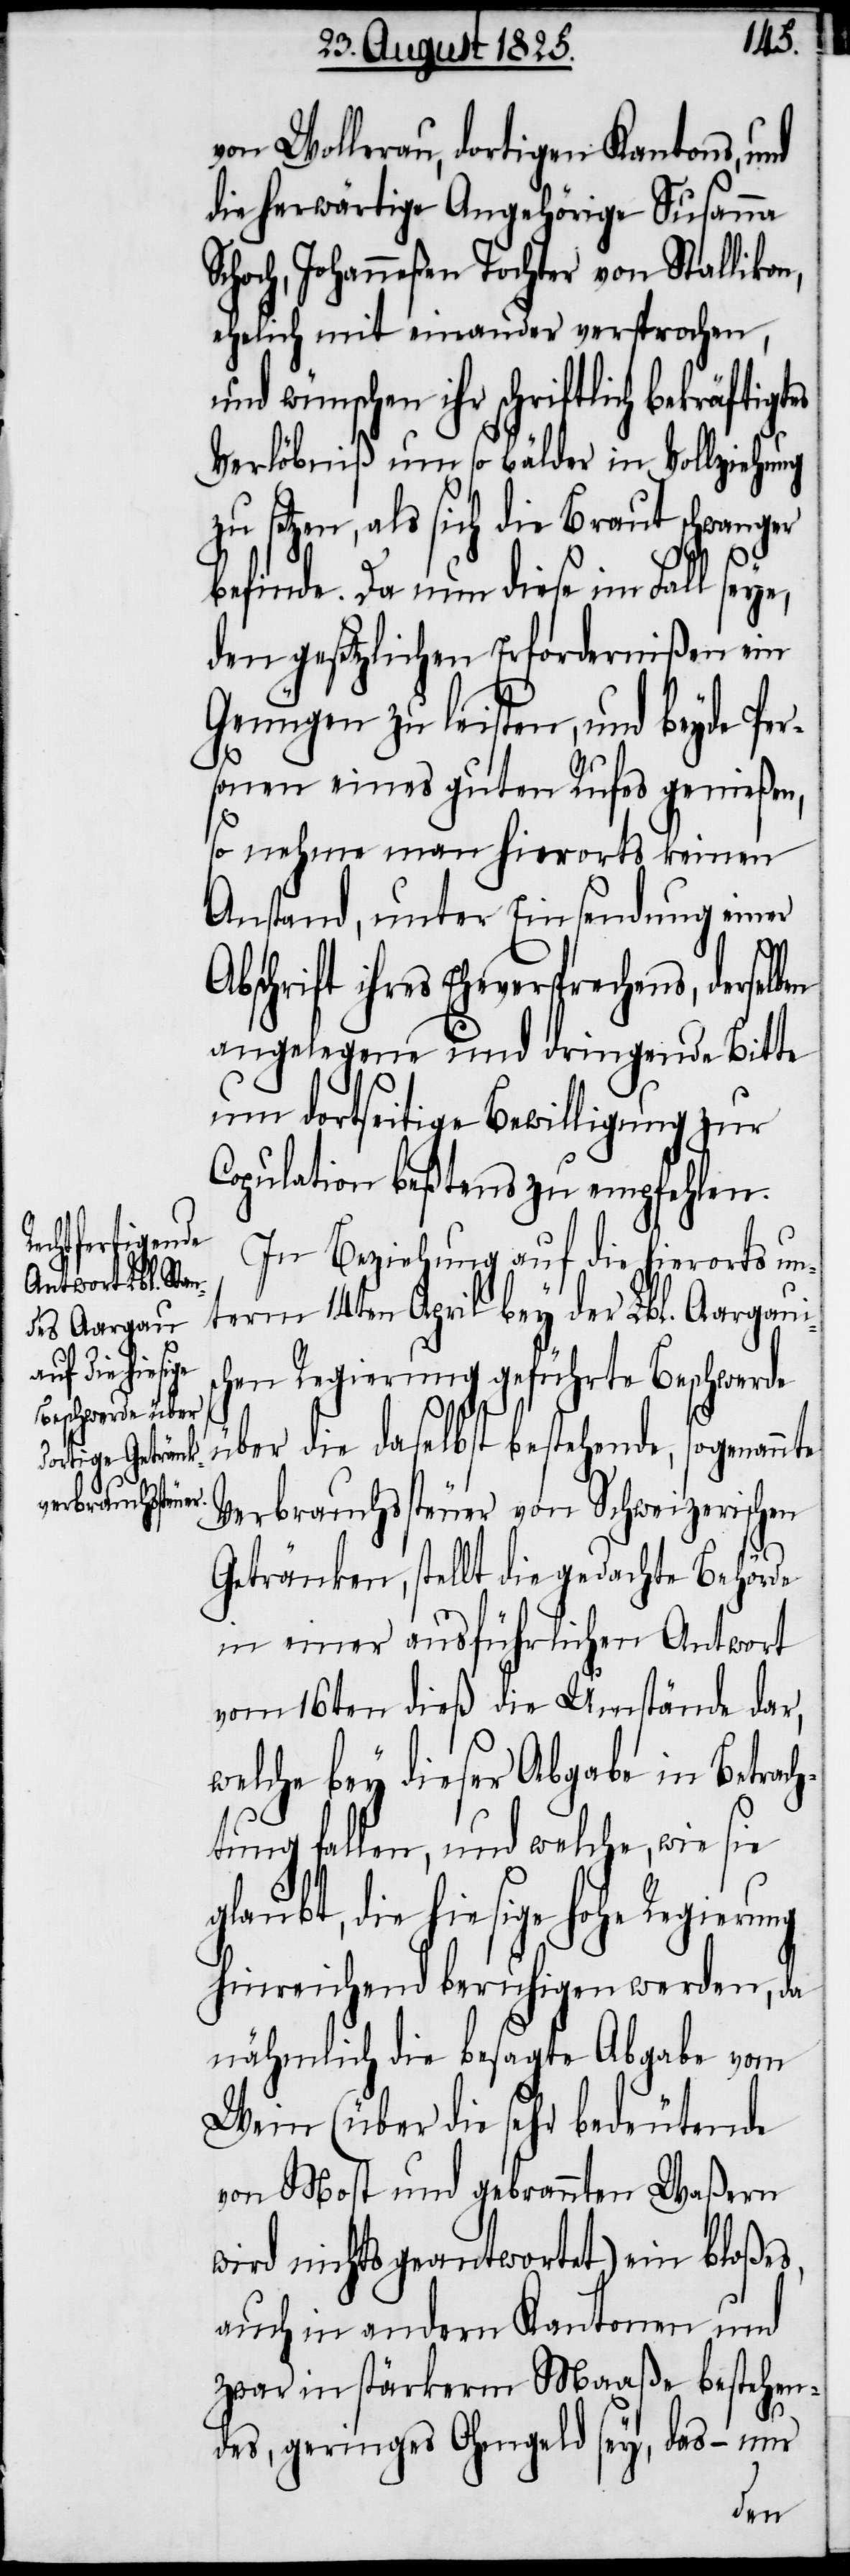
nte

A¬
von Wollerau, dortigen Kantons, und
die herwärtige Angehörige Susanna
Johanneßen Tochter von Stallikon,
ehelich mit einander versprochen,
und wünschen ihr schriftlich bekräftigtes
Verlöbniß um so bälder in Vollziehung
zu setzen, als sich die Braut schwanger
befinde. Da nun diese in Fall seye,
den gesetzlichen Erfordernißen ein
Genügen zu leisten, und beyde Per¬
sonen eines guten Rufes genießen,
so nehme man hierorts keinen
Anstand, unter Einsendung einer
bschrift ihres Eheversprechens, derselb¬
angelegene und dringende Bitte
um dortseitige Bewilligung zur
Copulation beßtens zu empfehlen.
In Beziehung auf die hierorts un¬
term 14ten April bey der Lbl. Aargauis¬
chen Regierung geführte Beschwerde
über die daselbst bestehende, sogenan¬
Verbrauchssteuer von Schweizerischen
Getränken, stellt die gedachte Behörde
in einer ausführlichen Antwort
vom 16ten dieß die Umstände der,
welche bey dieser Abgabe in Betrach¬
tung fallen, und welche, wie sie
glaubt, die hiesige hohe Regierung
hinreichend beruhigen werden, da
nähmlich die besagte Abgabe von
Wein (über die sehr bedeutende
von Most und gebrannten Waßern
wird nichts geantwortet) ein bloßes,
auch in andern Kantonen und
zwar in stärkerm Maaße bestehen¬
des, geringes Ohmgeld sey, das – uns
en